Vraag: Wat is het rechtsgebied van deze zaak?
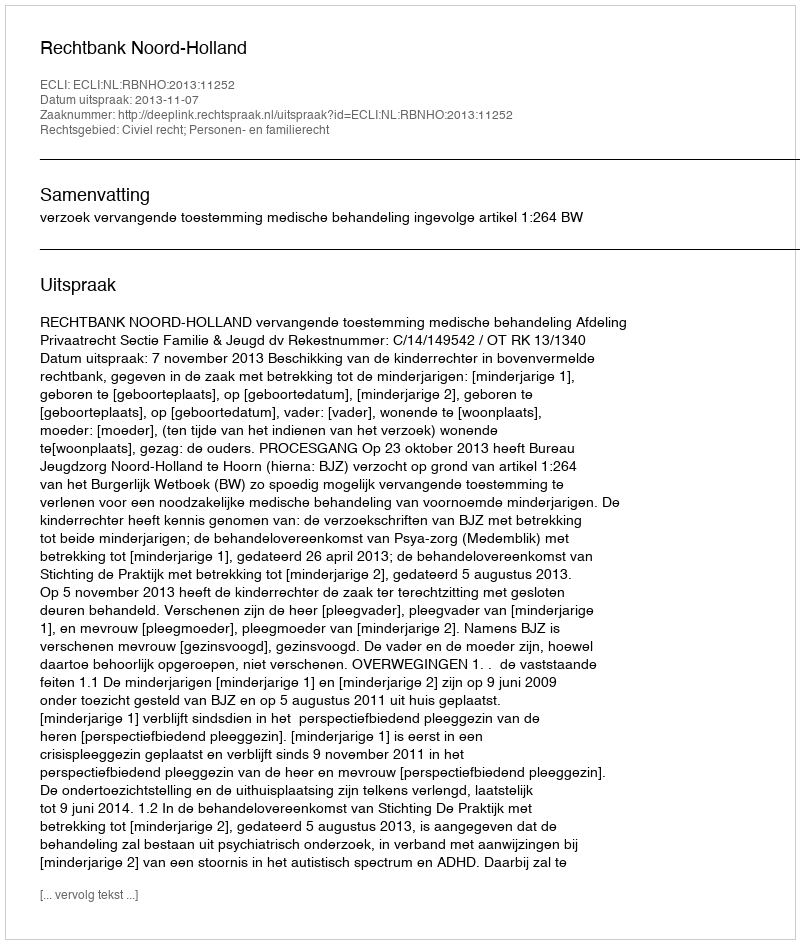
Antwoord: Civiel recht; Personen- en familierecht